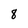
Character: 8